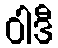
ဝါဒီ